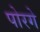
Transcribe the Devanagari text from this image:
पोरगे